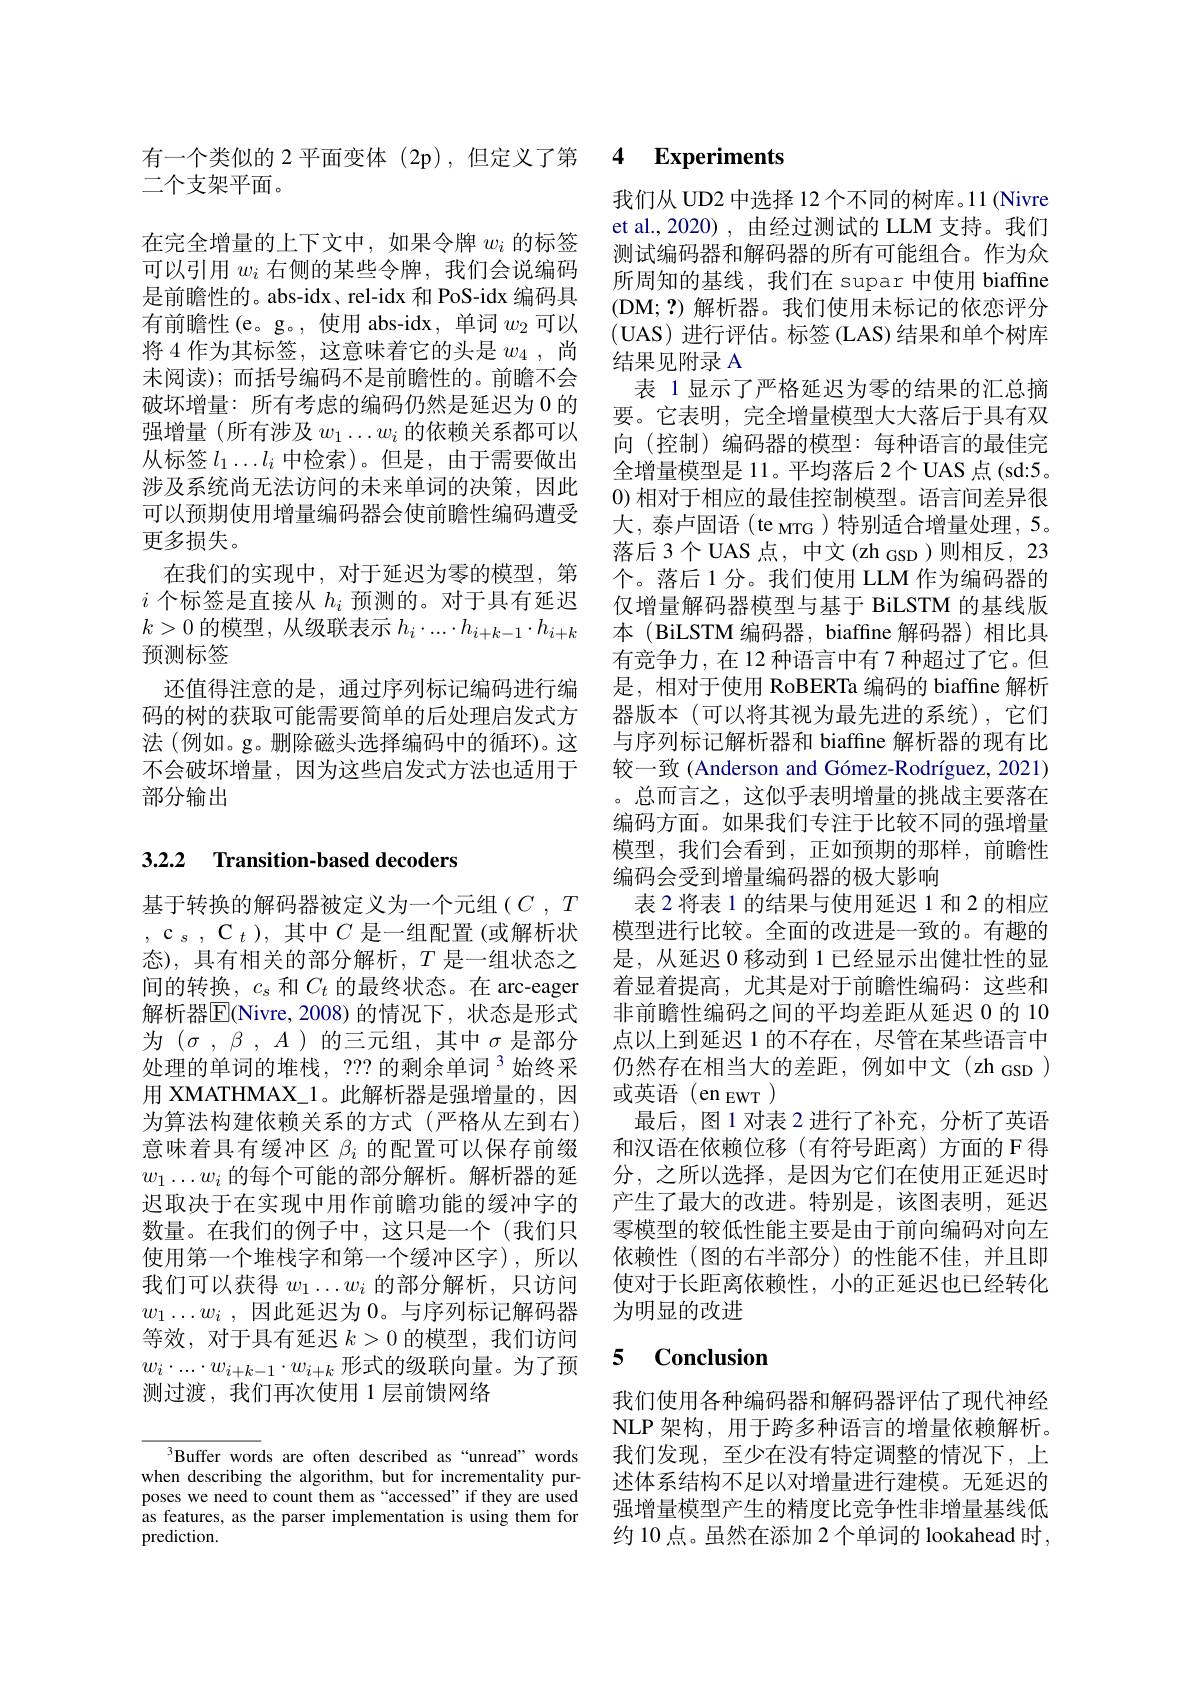
二个支架平面。
在完全增量的上下文中，如果令牌$w_i$的标签可以引用$w_i$右侧的某些令牌，我们会说编码是前瞻性的。abs-idx、rel-idx 和 PoS-idx 编码具有前瞻性(e。g。,使用 abs-idx,单词$w_2$可以将 4 作为其标签，这意味着它的头是$w_{4}$ ,尚末阅读);而括号编码不是前瞻性的。前瞻不会破坏增量：所有考虑的编码仍然是延迟为0的强增量(所有涉及$w_1\ldots w_i$的依赖关系都可以从标签$l_1\ldots l_i$中检索)。但是，由于需要做出涉及系统尚无法访问的未来单词的决策，因此可以预期使用增量编码器会使前瞻性编码遭受更多损失。
在我们的实现中，对于延迟为零的模型，第$i$个标签是直接从$h_i$预测的。对于具有延迟$k>0$的模型，从级联表示$h_i\cdot...\cdot h_{i+k-1}\cdot h_{i+k}$ 预测标签
还值得注意的是，通过序列标记编码进行编码的树的获取可能需要简单的后处理启发式方法 (例如。g。删除磁头选择编码中的循环)。这不会破坏增量，因为这些启发式方法也适用于部分输出

## 3.2.2 Transition-based decoders

基于转换的解码器被定义为一个元组($C,T$ $,\mathrm{c}_s,\mathrm{C}_t)$, 其中$C$ 是一组配置(或解析状态),具有相关的部分解析，$T$是一组状态之间的转换，$c_s$和$C_t$的最终状态。在 arc-eager 解析器$|\mathbb{E}|$(Nivre,2008)的情况下，状态是形式为$( \sigma$ , $\beta$ , $A$ )的三元组，其中$\sigma$是部分处理的单词的堆栈，??的剩余单词$^{3}$始终采为算法构建依赖关系的方式(严格从左到右) 意味着具有缓冲区$\beta_i$的配置可以保存前缀$w_1\ldots w_i$的每个可能的部分解析。解析器的延迟取决于在实现中用作前瞻功能的缓冲字的数量。在我们的例子中，这只是一个(我们只使用第一个堆栈字和第一个缓冲区字),所以我们可以获得$w_1\ldots w_i$的部分解析，只访问$w_1\ldots w_i$ , 因此延迟为 0。与序列标记解码器等效，对于具有延迟$k>0$的模型，我们访问$w_i\cdot\ldots\cdot w_{i+k-1}\cdot w_{i+k}$形式的级联向量。为了预测过渡，我们再次使用 1层前馈网络

Buffer words are often described as “unread” words when describing the algorithm, but for incrementality purposes we need to count them as“accessed”if they are used as features, as the parser implementation is using them for prediction.

有一个类似的 2 平面变体 (2p),但定义了第 4 Experiments

我们从 UD2 中选择 12 个不同的树库。11 (Nivre et al.,2020) ,由经过测试的 LLM 支持。我们测试编码器和解码器的所有可能组合。作为众所周知的基线，我们在 supar 中使用 biaffne (DM;?)解析器。我们使用未标记的依恋评分(UAS)进行评估。标签 (LAS)结果和单个树库结果见附录 A
表 1显示了严格延迟为零的结果的汇总摘要。它表明，完全增量模型大大落后于具有双向(控制)编码器的模型：每种语言的最佳完全增量模型是 11。平均落后 2个 UAS 点 (sd:5。0)相对于相应的最佳控制模型。语言间差异很大，泰卢固语(te MTG)特别适合增量处理，5。落后 3 个 UAS 点，中文 (zh GSD)则相反，23个。落后 1 分。我们使用 LLM 作为编码器的仅增量解码器模型与基于 BiLSTM 的基线版本 (BiLSTM 编码器，biaffine 解码器)相比具有竞争力，在 12 种语言中有 7 种超过了它。但是，相对于使用 RoBERTa 编码的 biaffine 解析器版本(可以将其视为最先进的系统),它们与序列标记解析器和 biaffine 解析器的现有比较一致 (Anderson and Gómez-Rodríguez, 2021) 。总而言之，这似乎表明增量的挑战主要落在编码方面。如果我们专注于比较不同的强增量模型，我们会看到，正如预期的那样，前瞻性编码会受到增量编码器的极大影响
表 2 将表 1 的结果与使用延迟 1 和 2 的相应模型进行比较。全面的改进是一致的。有趣的是，从延迟 0 移动到 1 已经显示出健壮性的显着显着提高，尤其是对于前瞻性编码：这些和非前瞻性编码之间的平均差距从延迟 0 的 10点以上到延迟 1 的不存在，尽管在某些语言中仍然存在相当大的差距，例如中文(zh_GSD)
用 XMATHMAX\_1。此解析器是强增量的，因 或英语 (en EWT )
最后，图1对表2进行了补充，分析了英语和汉语在依赖位移(有符号距离)方面的 F 得分，之所以选择，是因为它们在使用正延迟时产生了最大的改进。特别是，该图表明，延迟零模型的较低性能主要是由于前向编码对向左依赖性(图的右半部分)的性能不佳，并且即使对于长距离依赖性，小的正延迟也已经转化为明显的改进

### 5 $\mathbf{Conclusion}$

我们使用各种编码器和解码器评估了现代神经NLP 架构，用于跨多种语言的增量依赖解析。我们发现，至少在没有特定调整的情况下，上述体系结构不足以对增量进行建模。无延迟的强增量模型产生的精度比竞争性非增量基线低约 10 点。虽然在添加 2 个单词的 lookahead 时，